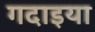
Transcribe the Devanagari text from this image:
गदाइया